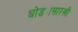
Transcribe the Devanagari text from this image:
घोड्यासारखी